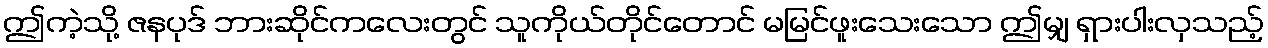
ဤကဲ့သို့ ဇနပုဒ် ဘားဆိုင်ကလေးတွင် သူကိုယ်တိုင်တောင် မမြင်ဖူးသေးသော ဤမျှ ရှားပါးလှသည့်